system: You are a helpful assistant.
user:
Analyze the provided spectrum to determine if it is a **"Cataclysmic Variables (CV)"**.

- **Key Indicators for CV (Check for either state):**
    - **State 1: Quiescent / Low-State (Emission-Dominated)**
        - **(Primary):** Strong and *very broad* Hydrogen Balmer emission lines (e.g., $H\alpha$ at 6563 Å, $H\beta$ at 4861 Å). The 'broadness' (high velocity dispersion, often FWHM > 1000 km/s) is the key diagnostic, indicating a high-velocity accretion disk.
        - **(Secondary):** Broad neutral Helium (He I) emission lines (e.g., 5876 Å, 6678 Å).
        - **(Key Confirmation):** Presence of high-excitation *ionized* Helium (He II) emission at 4686 Å. This is a strong indicator of accretion onto a white dwarf.
        - **(Line Profile):** Emission lines may exhibit a 'double-peaked' profile, which is a classic signature of a rotating accretion disk viewed at high inclination.

    - **State 2: Outburst / High-State (Absorption-Dominated)**
        - **(Primary):** Spectrum is dominated by a bright, blue continuum (looks like a hot star).
        - **(Secondary):** The emission lines from State 1 are weak, absent, or 'filled in', and are replaced by broad, shallow *absorption* lines (primarily Balmer and He I).
        - **(Morphology):** The overall spectrum mimics a hot B/A-type star. The crucial difference is that the absorption lines are significantly broader, shallower, and more 'washed-out' (or 'smeared') than the sharp lines of a normal stellar photosphere, due to high rotational speeds and pressure broadening in the disk.

Think first, call **spectral_visualization_tool** if needed to examine features in detail, then provide your final answer. Your response must adhere to the following strict rules:
1.  **Overall Structure:** Your response must follow the format `<think>...</think> <tool_call>...</tool_call> (if a tool is used) <answer>...</answer>`.
2.  **Tool Usage Constraint:** You may only make **one** tool call per turn.
3.  **Final Answer Format:** In the `<answer>` tag, your conclusion must be inside a `\boxed{}` command (e.g., `\boxed{YES}`), followed by your justification.

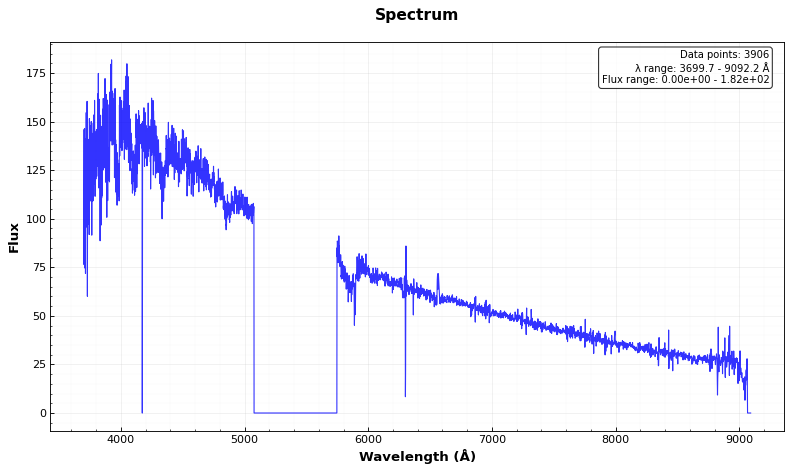
Answer: YES